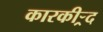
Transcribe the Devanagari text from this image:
कारकीऱ्र्द